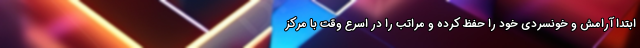
ابتدا آرامش و خونسردی خود را حفظ کرده و مراتب را در اسرع وقت با مرکز